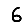
Digit: 6